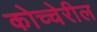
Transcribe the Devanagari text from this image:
कोच्चेरील